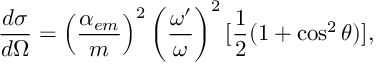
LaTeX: { \frac { d \sigma } { d \Omega } } = \left( { \frac { \alpha _ { e m } } { m } } \right) ^ { 2 } \left( { \frac { \omega ^ { \prime } } { \omega } } \right) ^ { 2 } [ { \frac { 1 } { 2 } } ( 1 + \cos ^ { 2 } \theta ) ] ,